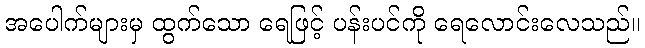
အပေါက်များမှ ထွက်သော ရေဖြင့် ပန်းပင်ကို ရေလောင်းလေသည်။